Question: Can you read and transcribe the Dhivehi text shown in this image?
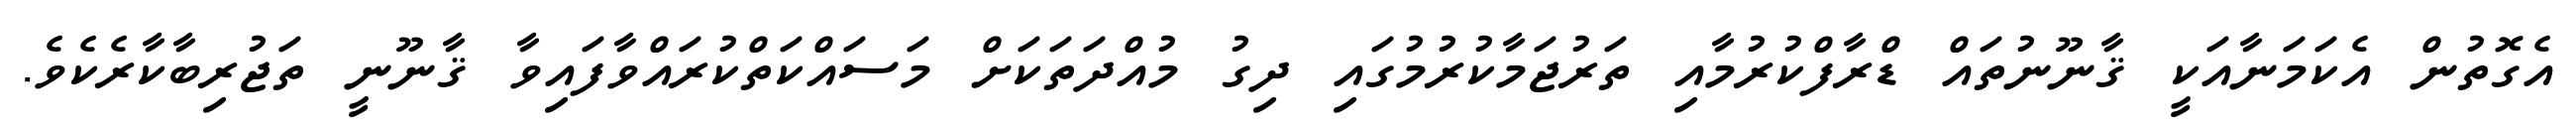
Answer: އެގޮތުން އެކަމަނާއަކީ ޤާނޫނުތައް ޑްރާފްކުރުމާއި ތަރުޖަމާކުރުމުގައި ދިގު މުއްދަތަކަށް މަސައްކަތްކުރައްވާފައިވާ ޤާނޫނީ ތަޖުރިބާކާރެކެވެ.